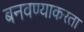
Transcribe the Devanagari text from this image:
बनवण्याकरता